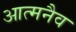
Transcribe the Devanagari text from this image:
आत्मनैव